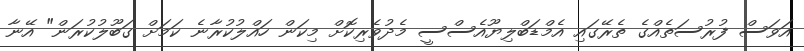
އަވަސް ފުރުސަތެއްގެ ތެރޭގައި އެމްޑަބްލިޔޫއެސްސީ މެދުވެރިކޮށް މިކަން ހައްލުކުރާނެ ކަމަށް ގަބޫލުކުރަން" އޭނާ